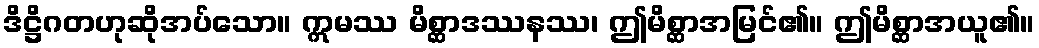
ဒိဋ္ဌိဂတဟုဆိုအပ်သော။ ဣမဿ မိစ္ဆာဒဿနဿ၊ ဤမိစ္ဆာအမြင်၏။ ဤမိစ္ဆာအယူ၏။